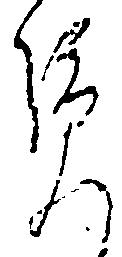
覧